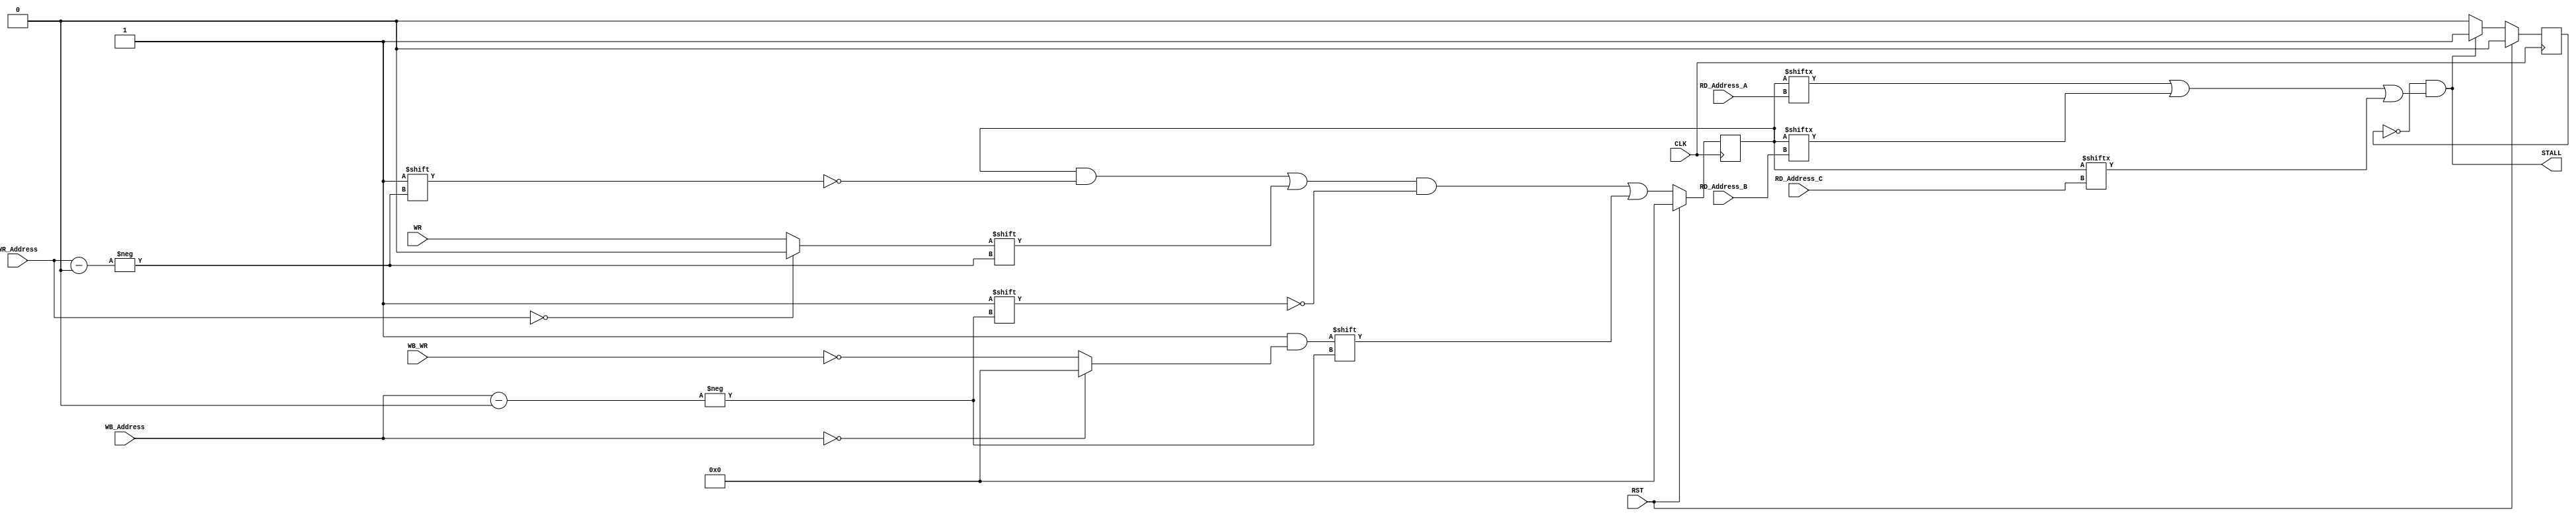
`timescale 1ns / 1ps
// ////////////////////////////////////////////////////////////////////////////////////////////////// //
// Organization      : University of Thessaly                                                         //
// Department        : Electrical and Computer Engineering                                            //
// Course            : CE432 Computer Architecture                                                    //
// Supervisor        : Dimitriou Georgios                                                             //
// Project Title     : Design and Implementation of a microprocessor based on ARMv6 microarchitecture //
//                                                                                                    //
// Module Description: This is the hazzard detection unit of the microprocessor.                      //
//                                                                                                    //
// ////////////////////////////////////////////////////////////////////////////////////////////////// //
module hazzard_detection_unit(
	input CLK,
	input RST,
	input WR,
	input WB_WR,
	input [3:0] RD_Address_A,
	input [3:0] RD_Address_B,
	input [3:0] RD_Address_C,
	input [3:0] WR_Address,
	input [3:0] WB_Address,
	output STALL
    );
    reg STALL_EN;
	reg [15:0] Registers;

	assign EN = (Registers[RD_Address_A] || Registers[RD_Address_B] || Registers[RD_Address_C]);
	assign STALL = ~STALL_EN && EN;

    always @ (posedge CLK) begin
        if(RST)
            STALL_EN <= 1'b0;
        else if(~STALL_EN && EN)
            STALL_EN <= 1'b1;
        else
            STALL_EN <= 1'b0;
    end

	always @ (posedge CLK) begin
        if (RST)
            Registers <= 16'b0;
        else begin
            Registers[WR_Address] = (WR_Address == 0) ? 1'b0 : WR;
            Registers[WB_Address] = (WB_Address == 0) ? 1'b0 : ~WB_WR;
        end
    end
endmodule